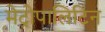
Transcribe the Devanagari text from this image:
मेट्रोपालिटिन